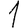
Digit: 1